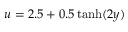
u = 2 . 5 + 0 . 5 \operatorname { t a n h } ( 2 y )